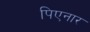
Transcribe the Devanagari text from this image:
पिएनार